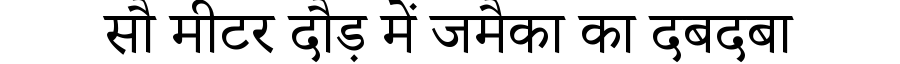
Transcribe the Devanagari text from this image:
सौ मीटर दौड़ में जमैका का दबदबा